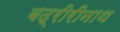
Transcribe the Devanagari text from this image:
बद्रीरीनाथ